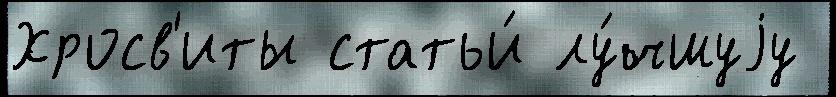
Хросв'иты статьи́ лу́чшуjу